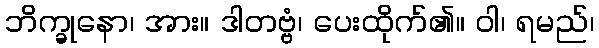
ဘိက္ခုနော၊ အား။ ဒါတဗ္ဗံ၊ ပေးထိုက်၏။ ဝါ၊ ရမည်၊